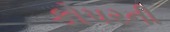
કોપરની